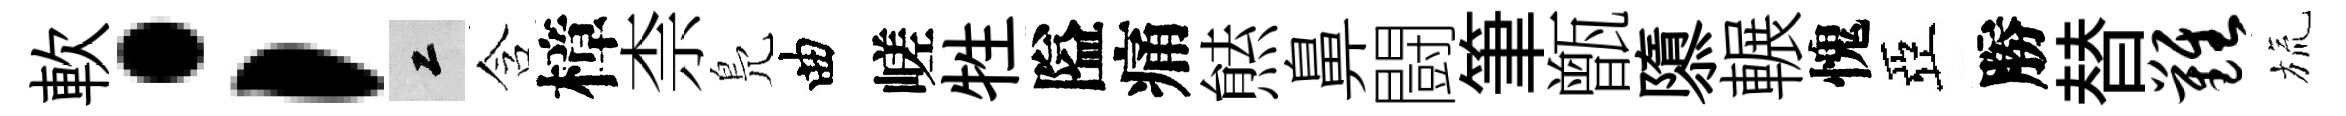
軟；工含樟柰鳬曲嵯牲隘痛㷱鼻闘筆甑隳輾愧亞勝替难旒